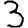
Digit: 3